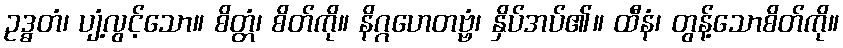
ဥဒ္ဓတံ၊ ပျံ့လွင့်သော။ စိတ္တံ၊ စိတ်ကို။ နိဂ္ဂဟေတဗ္ဗံ၊ နှိပ်အပ်၏။ ထီနံ၊ တွန့်သောစိတ်ကို။